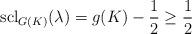
LaTeX: \begin{align*}\mathrm{scl}_{G(K)}(\lambda)=g(K)-\frac{1}{2}\ge \frac{1}{2}\end{align*}